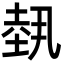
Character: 𡎐